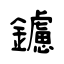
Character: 鑢